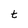
Character: t